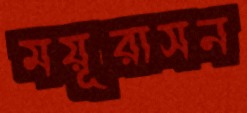
ময়ূরাসন